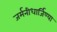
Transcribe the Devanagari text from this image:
जर्मनीधार्जिण्या